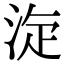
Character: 㳬